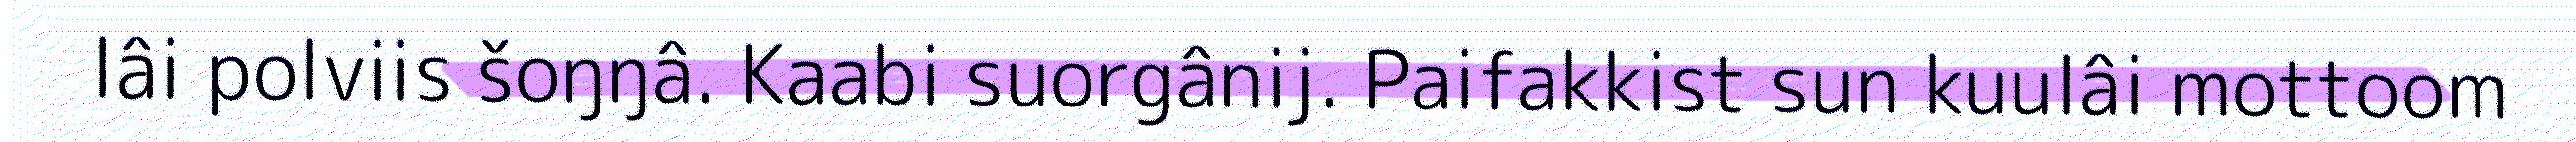
lâi polviis šoŋŋâ. Kaabi suorgânij. Paifakkist sun kuulâi mottoom